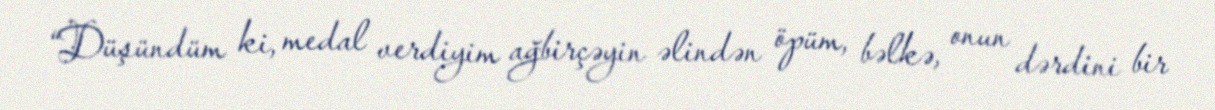
“Düşündüm ki, medal verdiyim ağbirçəyin əlindən öpüm, bəlkə, onun dərdini bir